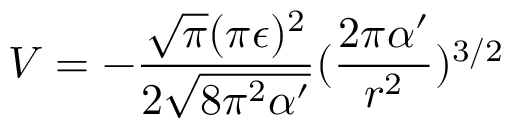
V = - \frac { \sqrt { \pi } ( \pi \epsilon ) ^ { 2 } } { 2 \sqrt { 8 \pi ^ { 2 } \alpha ^ { \prime } } } ( \frac { 2 \pi \alpha ^ { \prime } } { r ^ { 2 } } ) ^ { 3 / 2 }